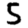
Digit: 5